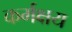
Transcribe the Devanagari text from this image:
कर्मक्षय